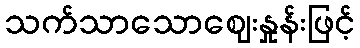
သက်သာသောဈေးနှုန်းဖြင့်